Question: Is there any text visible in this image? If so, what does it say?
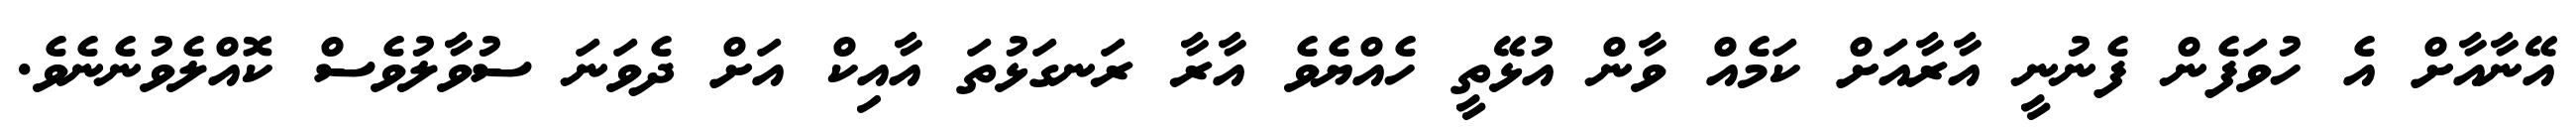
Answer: އޭނާއާށް އެ ހުވަފެން ފެނުނީ އާރާއަށް ކަމެއް ވާން އުޅޭތީ ހެއްޔެވެ އާރާ ރަނގަޅުތަ އާއިކް އަށް ދެވަނަ ސުވާލުވެސް ކޮއްލެވުނެނެވެ.